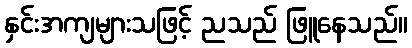
နှင်းအကျများသဖြင့် ညသည် ဖြူနေသည်။